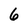
Character: 6